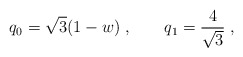
\begin{align*}q_0 = \sqrt{3}(1-w)\; ,\qquad q_1 = \frac{4}{\sqrt{3}}\; ,\end{align*}